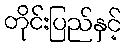
တိုင်းပြည်နှင့်